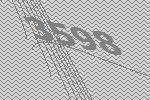
3598